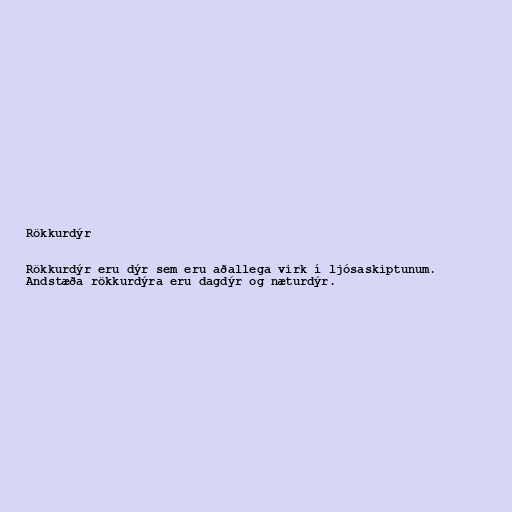
Rökkurdýr

Rökkurdýr eru dýr sem eru aðallega virk í ljósaskiptunum.
Andstæða rökkurdýra eru dagdýr og næturdýr.